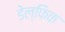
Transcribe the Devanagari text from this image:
डेल्फिक